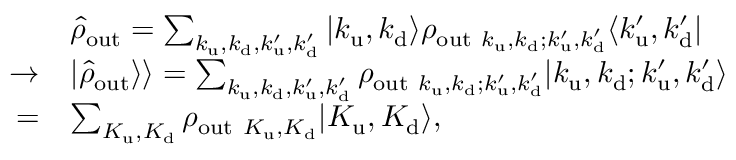
\begin{array} { r l } & { \hat { \rho } _ { \mathrm { o u t } } = \sum _ { k _ { \mathrm { u } } , k _ { \mathrm { d } } , k _ { \mathrm { u } } ^ { \prime } , k _ { \mathrm { d } } ^ { \prime } } \vert k _ { \mathrm { u } } , k _ { \mathrm { d } } \rangle \rho _ { \mathrm { o u t } ~ k _ { \mathrm { u } } , k _ { \mathrm { d } } ; k _ { \mathrm { u } } ^ { \prime } , k _ { \mathrm { d } } ^ { \prime } } \langle k _ { \mathrm { u } } ^ { \prime } , k _ { \mathrm { d } } ^ { \prime } \vert } \\ { \rightarrow } & { \vert \hat { \rho } _ { \mathrm { o u t } } \rangle \rangle = \sum _ { k _ { \mathrm { u } } , k _ { \mathrm { d } } , k _ { \mathrm { u } } ^ { \prime } , k _ { \mathrm { d } } ^ { \prime } } \rho _ { \mathrm { o u t } ~ k _ { \mathrm { u } } , k _ { \mathrm { d } } ; k _ { \mathrm { u } } ^ { \prime } , k _ { \mathrm { d } } ^ { \prime } } \vert k _ { \mathrm { u } } , k _ { \mathrm { d } } ; k _ { \mathrm { u } } ^ { \prime } , k _ { \mathrm { d } } ^ { \prime } \rangle } \\ { = } & { \sum _ { K _ { \mathrm { u } } , K _ { \mathrm { d } } } \rho _ { \mathrm { o u t } ~ K _ { \mathrm { u } } , K _ { \mathrm { d } } } \vert K _ { \mathrm { u } } , K _ { \mathrm { d } } \rangle , } \end{array}